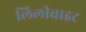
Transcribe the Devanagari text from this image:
लिलीवाइट